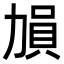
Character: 𠢋